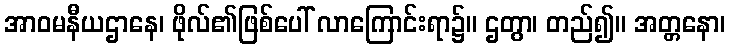
အာဝမနီယဌာနေ၊ ဖိုလ်၏ဖြစ်ပေါ် လာကြောင်းရာ၌။ ဌတွာ၊ တည်၍။ အတ္တနော၊